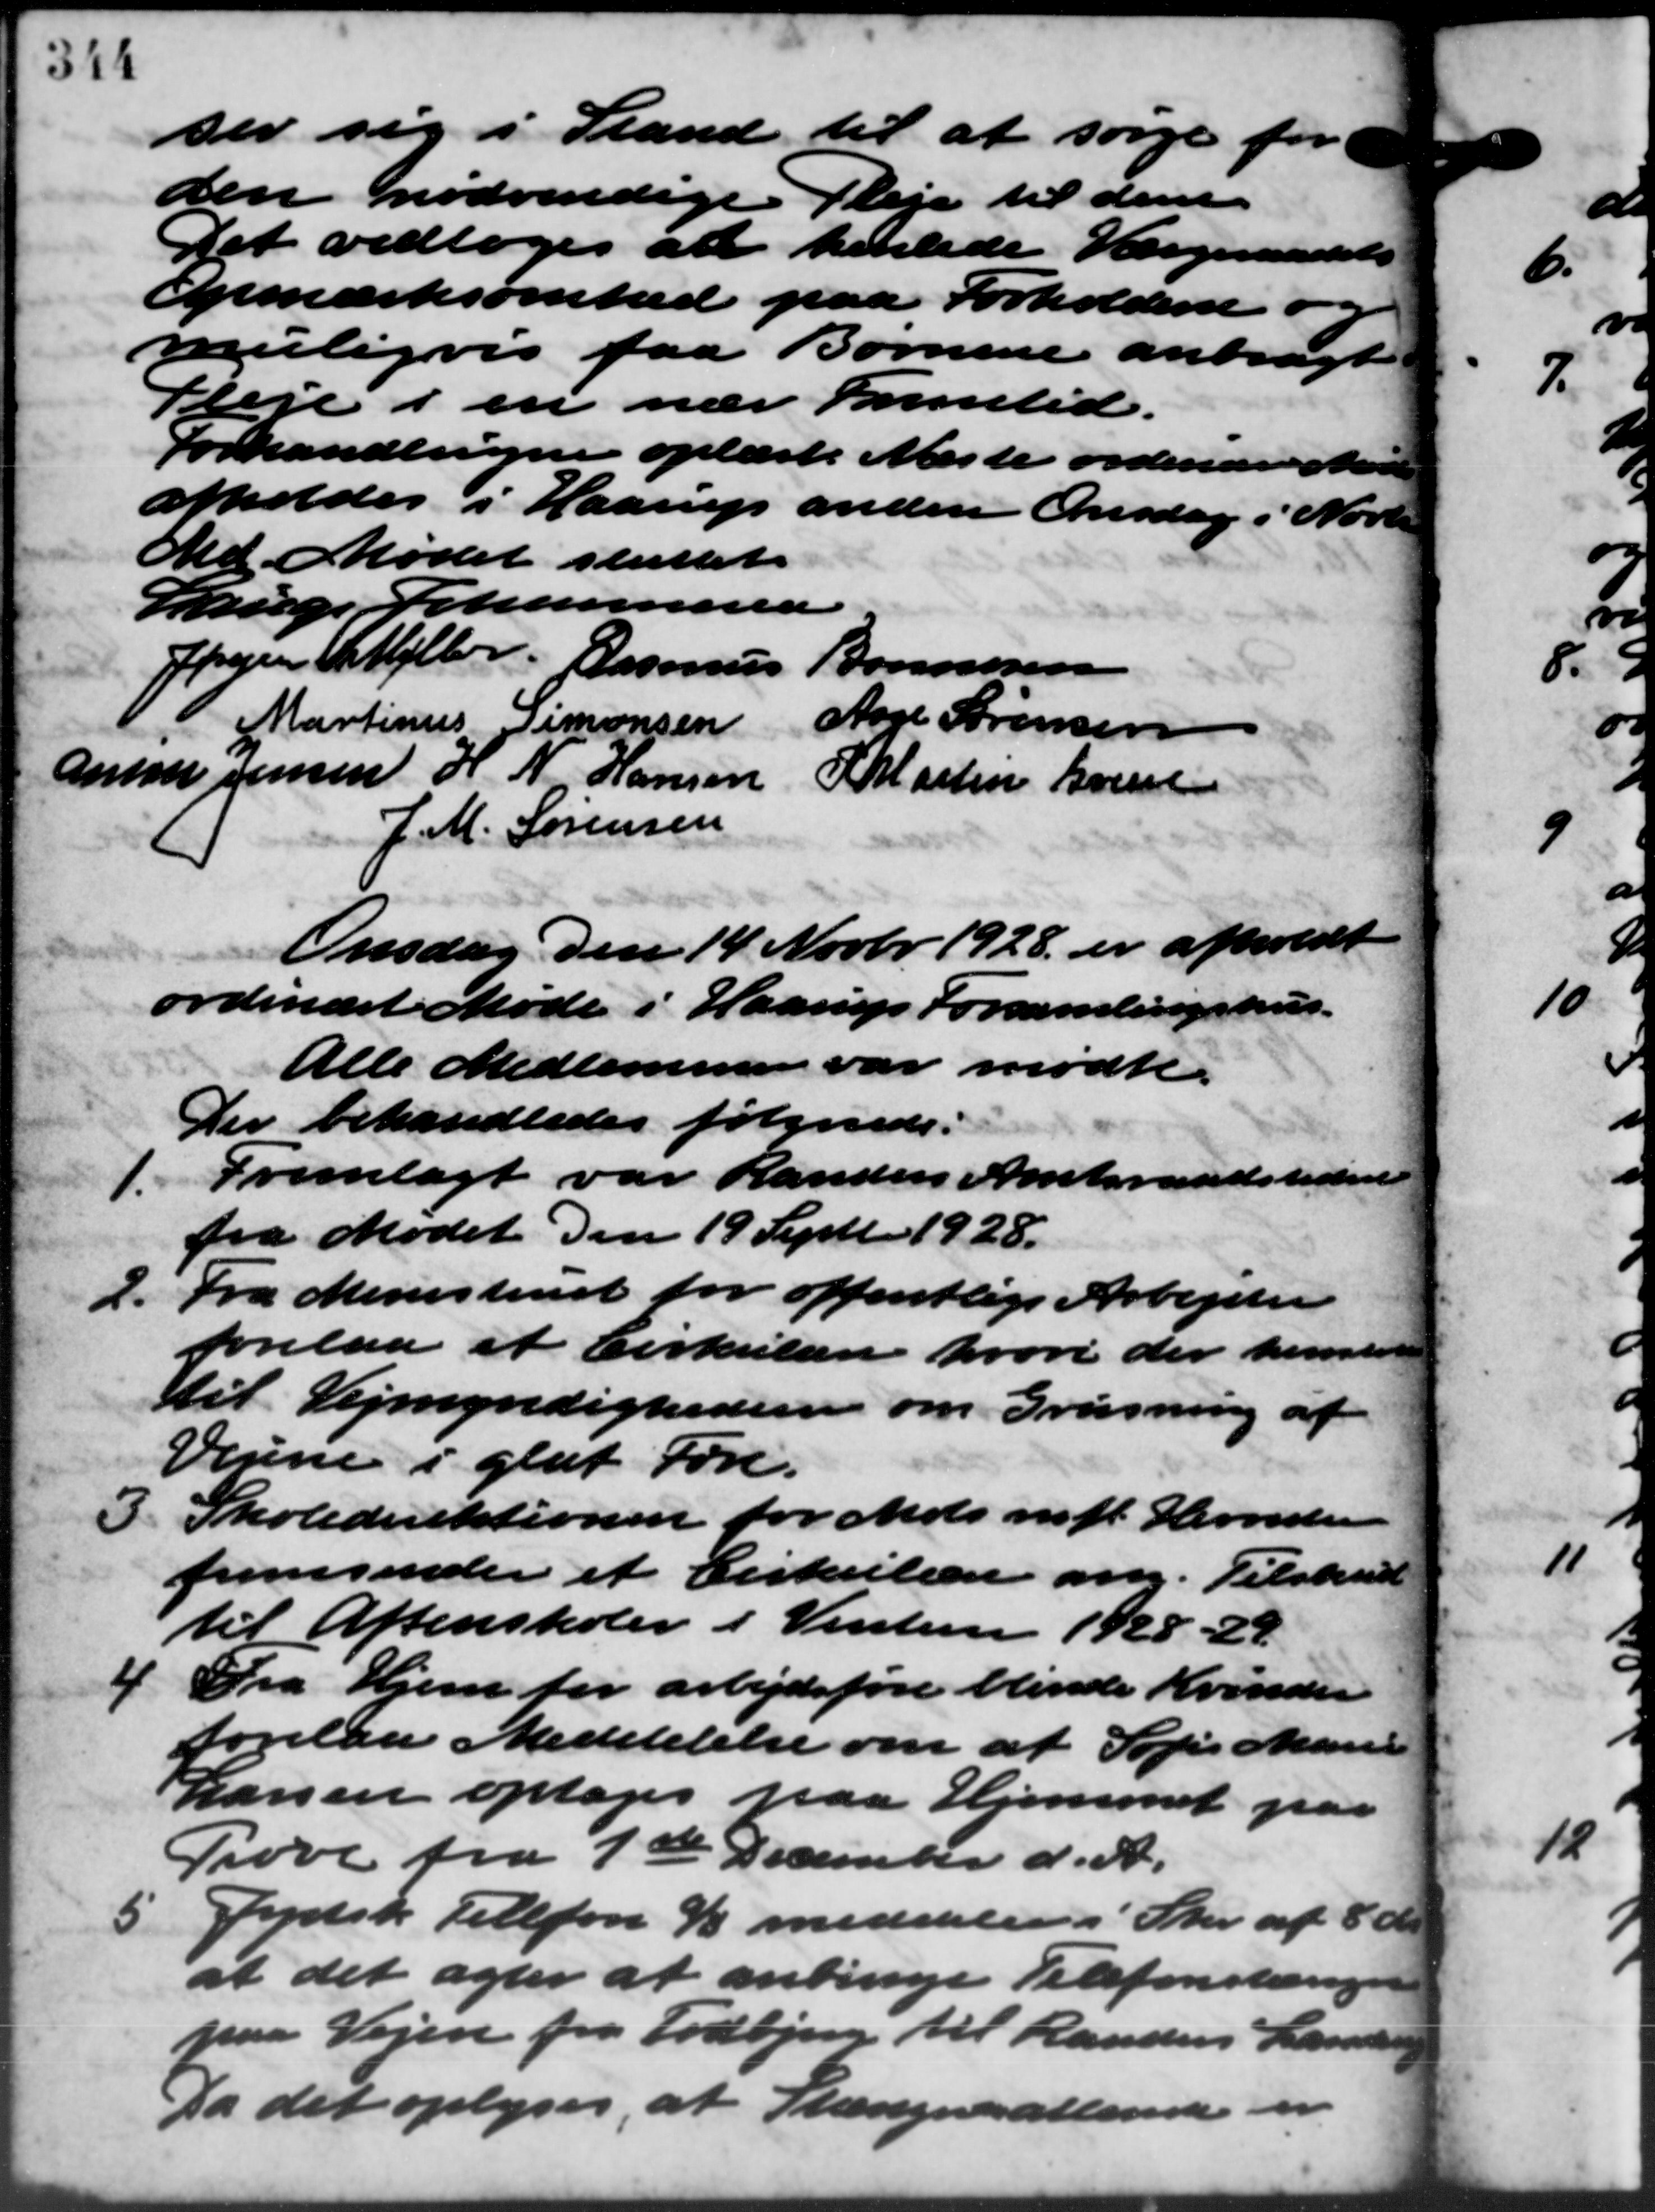
Transskription:
ser sig i Stand til at sørge for
den nødvendige Pleje til den
Det vedtoges at henlede Værgeraadets
Opmærksomhed paa Forholdene og
muligvis faa Børnene anbragt
Pleje i en nær Familid.
Forhandlingen oplæst. Næste ordinære Møde
afholdes i Haarup anden Onsdag i Novbr.
Md. Mødet sluttet.
Lauge Johannesen
Jørgen P. Møller Rasmus Bonnesen
Martinus Simonsen
Ane Sørensen
Anna Jensen H. N. Hansen
Martin Gru
J. M. Sørensen
Onsdag den 14 Novbr. 1928. er afholdt
ordinært Møde i Haarup Forsamlingshus.
Alle Medlemmer var mødte.
Der behandledes følgende:
1. Fremlagt var Randers Amtsraadstiden
1. Fremlagt var Randers Amtsraadstiden
fra Mødet den 19 Septb. 1928.
2. Fra Ministeriet for offentlige Arbejder
2. Fra Ministeriet for offentlige Arbejder
forelaa et Cirkulære hvori der henster
Til Vejmyndigheden om Grusning af
Vejne i glat Føre.
I Skoledirektionen for Mols m. fl. Herreder
I Skoledirektionen for Mols m. fl. Herreder
fremsender et Cirkulære ang. Tilskud
til Aftenskoler i Vinteren 1928 - 24
4 Fra Hjem for arbejdsføre blivere Kvinder
4 Fra Hjem for arbejdsføre blivere Kvinder
forelaa Meddelelse om at Sofie Marie
Larsen optages paa Hjemmet paa
Prøve fra 1ste December d. A.
Jydsk Telefon % meddeler i Skr. af 8 d
5
at det agter at anbringe Telefonstænger
paa Vejen fra Todbjerg til Randers Lander
Da det oplyses, at Stængere attende er